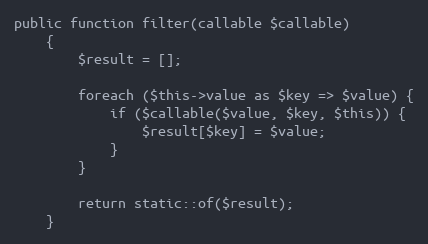
Language: PHP
public function filter(callable $callable)
    {
        $result = [];

        foreach ($this->value as $key => $value) {
            if ($callable($value, $key, $this)) {
                $result[$key] = $value;
            }
        }

        return static::of($result);
    }